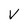
Character: V